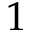
\small 1